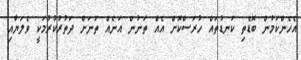
އެހެންކަމުން ބޮޑެތި ކަނޑުތައް ހުރަސްކޮށް އެއް ތަނުން އަނެއް ތަނަށް ދަތުރުކުރުމަކީ ވެލަޔާއި